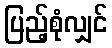
ပြည့်စုံလျှင်